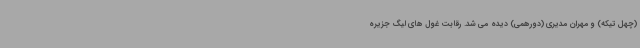
(چهل تیکه) و مهران مدیری (دورهمی) دیده می شد. رقابت غول های لیگ جزیره